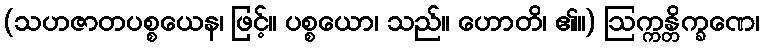
(သဟဇာတပစ္စယေန၊ ဖြင့်။ ပစ္စယော၊ သည်။ ဟောတိ၊ ၏။) ဩက္ကန္တိက္ခဏေ၊